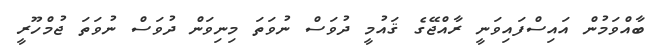
ބާއްވަމުން އައިސްފައިވަނީ ރާއްޖޭގެ ޤައުމީ ދުވަސް ނުވަތަ މިނިވަން ދުވަސް ނުވަތަ ޖުމްހޫރީ